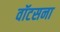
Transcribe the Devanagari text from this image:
वॉटसना